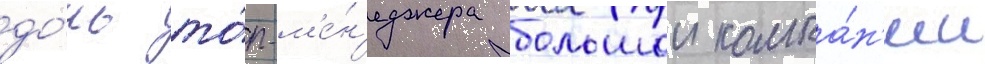
до́чь то́п-м'е́н'еджера большои компа́н'ии